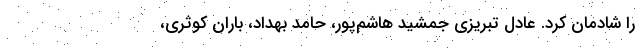
را شادمان کرد. عادل تبریزی جمشید هاشم‌پور، حامد بهداد، باران کوثری،